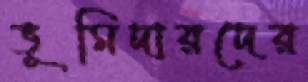
ভূমিদারদের